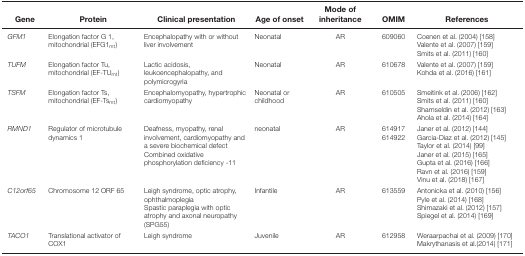
| Gene | Protein | Clinical presentation | Age of onset | Mode of inheritance | OMIM | References |
 | --- | --- | --- | --- | --- | --- | --- |
 | GFM1 | Elongation factor G 1, mitochondrial (EFG1mt) | Encephalopathy with or without liver involvement | Neonatal | AR | 609060 | Coenen et al. (2004) [158]Valente et al. (2007) [159]Smits et al. (2011) [160] |
 | TUFM | Elongation factor Tu, mitochondrial (EF-TUmt) | Lactic acidosis, leukoencephalopathy, and polymicrogyria | Neonatal | AR | 610678 | Valente et al. (2007) [159]Kohda et al. (2016) [161] |
 | TSFM | Elongation factor Ts, mitochondrial (EF-Tsmt) | Encephalomyopathy, hypertrophic cardiomyopathy | Neonatal or childhood | AR | 610505 | Smeitink et al. (2006) [162]Smits et al. (2011) [160]Shamseldin et al. (2012) [163]Ahola et al. (2014) [164] |
 | RMND1 | Regulator of microtubule dynamics 1 | Deafness, myopathy, renal involvement, cardiomyopathy and a severe biochemical defectCombined oxidative phosphorylation deficiency -11 | neonatal | AR | 614917614922 | Janer et al. (2012) [144]Garcia-Diaz et al. (2012) [145]Taylor et al. (2014) [99]Janer et al. (2015) [165]Gupta et al. (2016) [166]Ravn et al. (2016) [159]Vinu et al. (2018) [167] |
 | C12orf65 | Chromosome 12 ORF 65 | Leigh syndrome, optic atrophy, ophthalmoplegiaSpastic paraplegia with optic atrophy and axonal neuropathy (SPG55) | Infantile | AR | 613559 | Antonicka et al. (2010) [156]Pyle et al. (2014) [168]Shimazaki et al. (2012) [157]Spiegel et al. (2014) [169] |
 | TACO1 | Translational activator of COX1 | Leigh syndrome | Juvenile | AR | 612958 | Weraarpachai et al. (2009) [170]Makrythanasis et al.(2014) [171] |